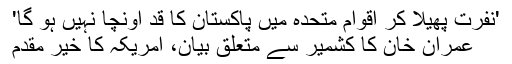
'نفرت پھیلا کر اقوام متحدہ میں پاکستان کا قد اونچا نہیں ہو گا'
عمران خان کا کشمیر سے متعلق بیان، امریکہ کا خیر مقدم